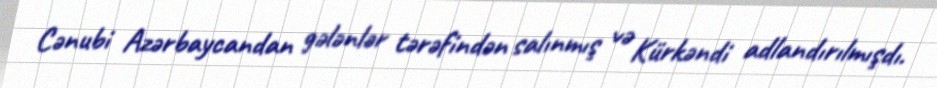
Cənubi Azərbaycandan gələnlər tərəfindən salınmış və Kürkəndi adlandırılmışdı.